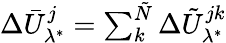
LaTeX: \begin{array}{r}{\Delta\bar{U}_{\lambda^{*}}^{j}=\sum_{k}^{\tilde{N}}\Delta\tilde{U}_{\lambda^{*}}^{jk}}\end{array}